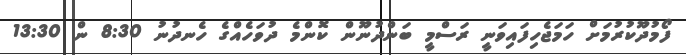
ފޯމުދޫކުރުމަށް ހަމަޖެހިފައިވަނީ ރަސްމީ ބަންދުނޫން ކޮންމެ ދުވަހެއްގެ ހެނދުނު 8:30 ން 13:30